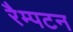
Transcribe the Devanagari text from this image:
रैम्पटन